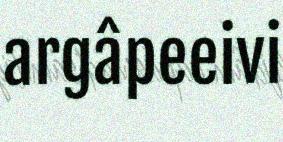
argâpeeivi